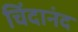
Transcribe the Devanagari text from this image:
चिंदानंद